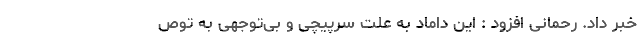
خبر داد. رحمانی افزود : این داماد به علت سرپیچی و بی‌توجهی به توص